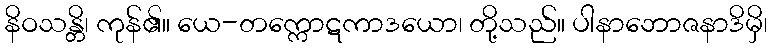
နိဝသန္တိ၊ ကုန်၏။ ယေ-တက္ကောဋကာဒယော၊ တို့သည်။ ပါနာဘောဇနာဒိမှိ၊